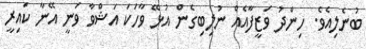
ބުނެލިއެވެ. ހިންދު ވަޒީފާއެއް ނުލިބިގެން އުޅޭ ވާހަކަ އަޝްވާ ވަނީ އޭނާ ކައިރީ